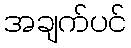
အချက်ပင်